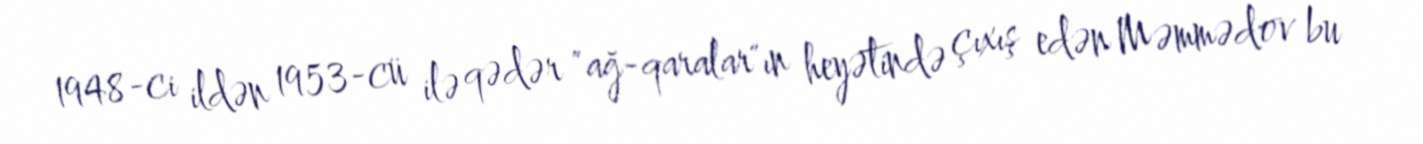
1948-ci ildən 1953-cü ilə qədər "ağ-qaralar"ın heyətində çıxış edən Məmmədov bu